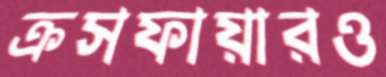
ক্রসফায়ারও